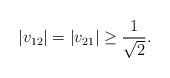
LaTeX: \begin{align*}|v_{12}| = |v_{21}| \geq \frac{1}{\sqrt{2}}.\end{align*}